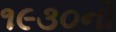
૧૯૩૦નો